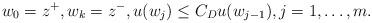
LaTeX: \begin{align*} w_0 = z^+, w_k = z^-, u(w_j) \le C_D u(w_{j-1}), j=1, \dots, m.\end{align*}